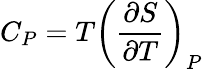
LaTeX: C_{P}=T\left({\frac{\partial S}{\partial T}}\right)_{P}